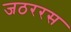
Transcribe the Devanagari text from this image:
जठररस